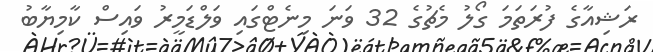
ރަޝިއާގެ ފުރަތަމަ ގޯލު މެޗުގެ 32 ވަނަ މިނެޓްގައި ވަލްޑަމީރު ވައިސް ކާމިޔާބު